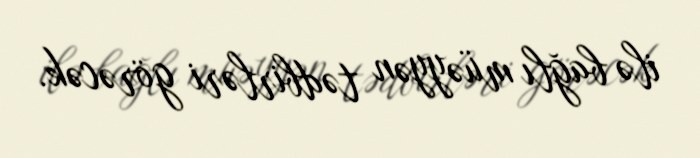
ilə bağlı müəyyən tədbirləri görəcək.